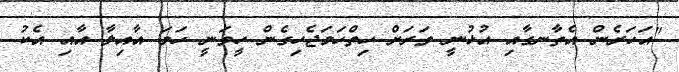
"އަހަރެން އެތާނގާއި އުޅުނީ ވަރަށް ހިތްހަމަޖެހިގެން ހީވަނީ ހަމަ އާއިލާ އާއި އެކު